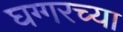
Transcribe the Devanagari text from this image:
घग्गरच्या